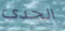
الجدي